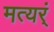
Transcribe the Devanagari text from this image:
मत्यर्ं